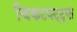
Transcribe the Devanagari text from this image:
चिकटपट्ट्या